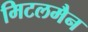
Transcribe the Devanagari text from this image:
मिटलमैन